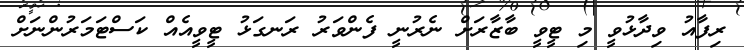
ރިފާއު ވިދާޅުވީ މި ޓީވީ ބާޒާރަށް ނެރުނީ ފެންވަރު ރަނގަޅު ޓީވީއެއް ކަސްޓަމަރުންނަށް